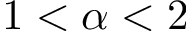
1 < \alpha < 2